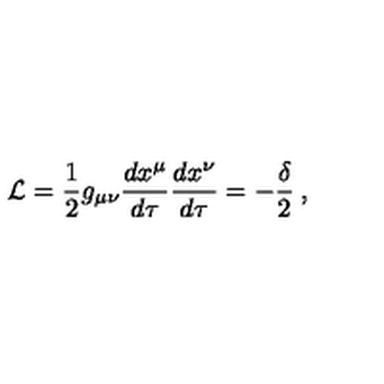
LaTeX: { \cal { L } } = \frac { 1 } { 2 } g _ { \mu \nu } \frac { d x ^ { \mu } } { d \tau } \frac { d x ^ { \nu } } { d \tau } = - \frac { \delta } { 2 } \: ,